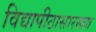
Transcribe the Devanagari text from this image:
विद्यापीठासारख्या